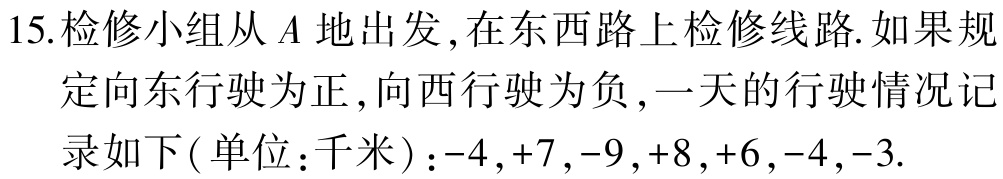
15.检修小组从\(A\)地出发,在东西路上检修线路.如果规定向东行驶为正,向西行驶为负,一天的行驶情况记录如下(单位：千米)：\(-4,+7,-9,+8,+6,-4,-3\).